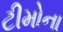
ટીમોના